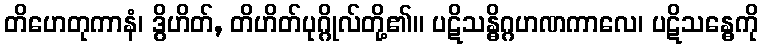
တိဟေတုကာနံ၊ ဒွိဟိတ်, တိဟိတ်ပုဂ္ဂိုလ်တို့၏။ ပဋိသန္ဓိဂ္ဂဟဏကာလေ၊ ပဋိသန္ဓေကို